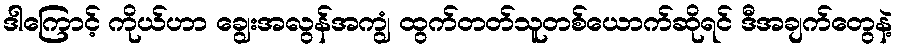
ဒါကြောင့် ကိုယ်ဟာ ချွေးအလွန်အကျွံ ထွက်တတ်သူတစ်ယောက်ဆိုရင် ဒီအချက်တွေနဲ့